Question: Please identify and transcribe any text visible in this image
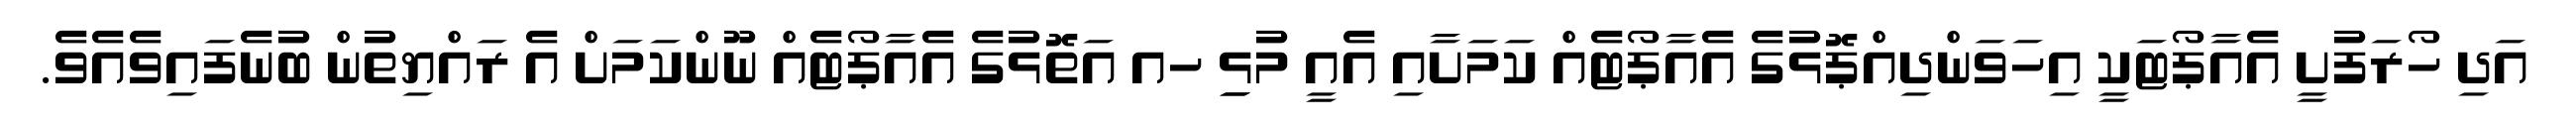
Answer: އަދި ހޯރަފުށީ އެއާޕޯޓަކީ އިހަވަންދިއްޕޮޅުގެ އެއާޕޯޓެއް ކަމަށާއި އެއީ މުޅިި ހއ އަތޮޅުގެ އެއާޕޯޓެއް ނޫންކަމަށް އެ ރައްޔިތުން ބުނެފައިވެއެވެ.